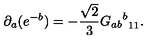
\partial _ { a } ( e ^ { - b } ) = - \frac { \sqrt { 2 } } { 3 } { { G _ { a b } } ^ { b } } _ { 1 1 } .